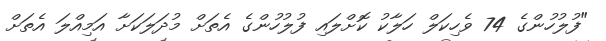
"ފުލުހުންގެ 74 ވެހިކަލް ހަލާކު ކޮށްލައި ފުލުހުންގެ އެތަށް މުދަލަކަށާ އަމިއްލަ އެތަށް